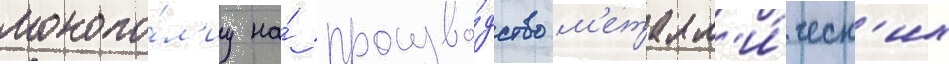
монопо́л'иу на́ произво́дство м'еталл'и́ческ'их